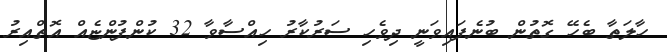
ހާލަތާ ބެހޭ ގޮތުން ބުނެފައިވަނީ ދިވެހި ސަރުކާރު ހިއްސާވާ 32 ކުންފުންޏެއް އޮތްއިރު